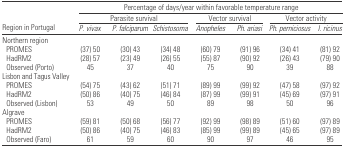
|  | <COLSPAN=7> Percentage of days/year within favorable temperature range |
 |  | <COLSPAN=3> Parasite survival | <COLSPAN=2> Vector survival | <COLSPAN=2> Vector activity |
 | Region in Portugal | P. vivax | P. falciparum | Schistosoma | Anopheles | Ph. ariasi | Ph. perniciosus | I. ricinus |
 | --- | --- | --- | --- | --- | --- | --- | --- |
 | <COLSPAN=8> Northern region |
 | PROMES | (37) 50 | (30) 43 | (34) 48 | (60) 79 | (91) 96 | (34) 41 | (81) 92 |
 | HadRM2 | (28) 57 | (23) 49 | (26) 55 | (55) 87 | (90) 92 | (26) 43 | (79) 90 |
 | Observed (Porto) | 45 | 37 | 40 | 75 | 90 | 39 | 88 |
 | <COLSPAN=8> Lisbon and Tagus Valley |
 | PROMES | (54) 75 | (43) 62 | (51) 71 | (89) 99 | (99) 92 | (47) 58 | (97) 92 |
 | HadRM2 | (50) 86 | (40) 75 | (46) 84 | (87) 99 | (99) 91 | (45) 69 | (97) 91 |
 | Observed (Lisbon) | 53 | 49 | 50 | 89 | 98 | 50 | 96 |
 | <COLSPAN=8> Algrave |
 | PROMES | (59) 81 | (50) 68 | (56) 77 | (92) 99 | (98) 89 | (51) 60 | (97) 89 |
 | HadRM2 | (50) 86 | (40) 75 | (46) 83 | (85) 99 | (99) 89 | (45) 65 | (97) 89 |
 | Observed (Faro) | 61 | 59 | 60 | 90 | 97 | 46 | 95 |